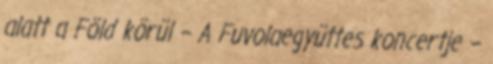
alatt a Föld körül – A Fuvolaegyüttes koncertje –